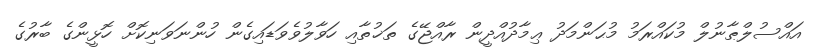
އައްސުލްޠާނުލް މުކައްރަމު މުޙަންމަދު ޢިމާދުއްދީން ރާއްޖޭގެ ތަޚުތާއި ހަވާލުވެވަޑައިގެން ހުންނަވަނިކޮށް ހޮޅީންގެ ބާރުގެ